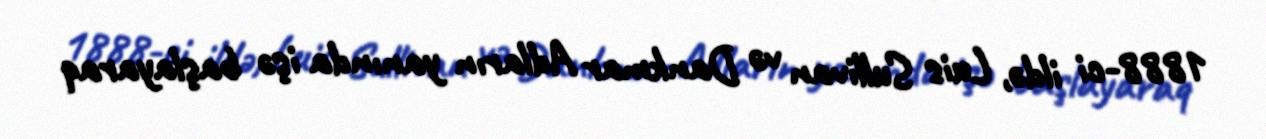
1888-ci ildə, Luis Sullivan və Dankmar Adların yanında işə başlayaraq